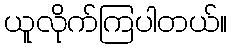
ယူလိုက်ကြပါတယ်။